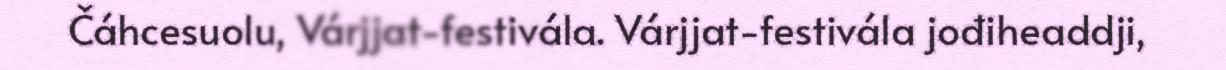
Čáhcesuolu, Várjjat-festivála. Várjjat-festivála jođiheaddji,